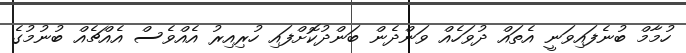
ހުމާމް ބުނެފައިވަނީ އެތައް ދުވަހެއް ވަންދެން ބަންދުކޮށްފައި ހުރިއިރު އެއްވެސް އެއްޗެއް ބުނުމުގެ